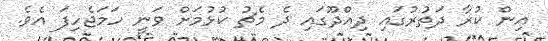
އިން ކުރާ ދަތުރުގައި ދިއްދޫގައި ދެ މެޗު ކުޅުމަށް ވަނީ ހަމަޖެހިފަ އެވެ.